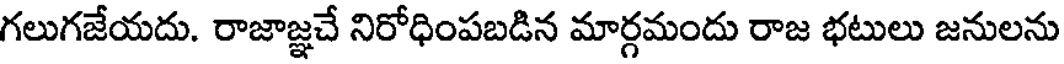
గలుగజేయదు. రాజాజ్ఞచే నిరోధింపబడిన మార్గమందు రాజ భటులు జనులను